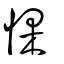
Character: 惈